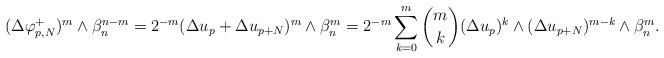
LaTeX: \begin{align*} \begin{aligned}(\Delta \varphi_{p,N}^{+})^m\wedge\beta_n^{n-m}=2^{-m}(\Delta u_p+\Delta u_{p+N})^m\wedge\beta_n^m=2^{-m}\sum\limits_{k=0}^m \binom mk(\Delta u_p)^k\wedge(\Delta u_{p+N})^{m-k}\wedge\beta_n^m.\end{aligned} \end{align*}